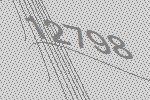
12798